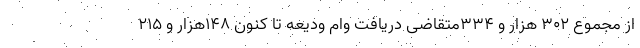
از مجموع ۳۰۲ هزار و ۳۳۴متقاضی دریافت وام ودیعه تا کنون ۱۴۸هزار و ۲۱۵